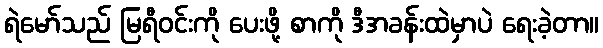
ရဲမော်သည် မြရီဝင်းကို ပေးဖို့ စာကို ဒီအခန်းထဲမှာပဲ ရေးခဲ့တာ။